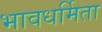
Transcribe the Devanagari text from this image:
भावधर्मिता